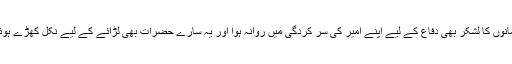
مسلمانوں کا لشکر بھی دفاع کے لیے اپنے امیر کی سر کردگی میں روانہ ہوا اور یہ سارے حضرات بھی لڑائے کے لیے نکل کھڑے ہوئے ۔